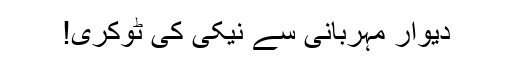
دیوارِ مہربانی سے نیکی کی ٹوکری!